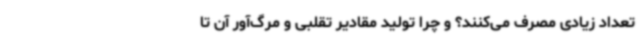
تعداد زیادی مصرف می‌کنند؟ و چرا تولید مقادیر تقلبی و مرگ‌آور آن تا